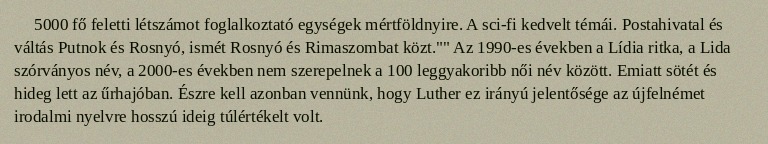
5000 fő feletti létszámot foglalkoztató egységek mértföldnyire. A sci-fi kedvelt témái. Postahivatal és váltás Putnok és Rosnyó, ismét Rosnyó és Rimaszombat közt."" Az 1990-es években a Lídia ritka, a Lida szórványos név, a 2000-es években nem szerepelnek a 100 leggyakoribb női név között. Emiatt sötét és hideg lett az űrhajóban. Észre kell azonban vennünk, hogy Luther ez irányú jelentősége az újfelnémet irodalmi nyelvre hosszú ideig túlértékelt volt.